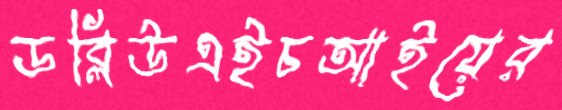
ডব্লিউএইচআইয়ের